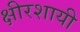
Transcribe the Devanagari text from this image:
क्षीरशायी